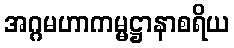
အဂ္ဂမဟာကမ္မဋ္ဌာနာစရိယ